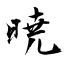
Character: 暁